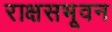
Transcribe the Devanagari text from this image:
राक्षसभूवन